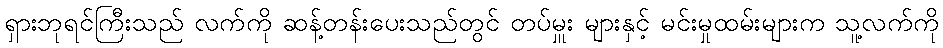
ရှားဘုရင်ကြီးသည် လက်ကို ဆန့်တန်းပေးသည်တွင် တပ်မှူး များနှင့် မင်းမှုထမ်းများက သူ့လက်ကို